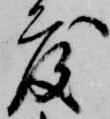
度